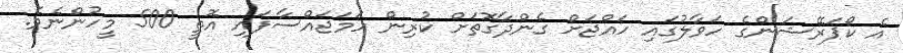
އެ ކޯޕަރޭޝަންގެ ހަވާލުގައި ހައްޖަށް ގެންދާގޮތަށް ކުރިން ހަމަޖައްސާފައި އޮތީ 500 މީހުންނެވެ.